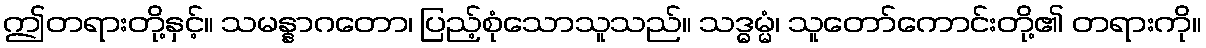
ဤတရားတို့နှင့်။ သမန္နာဂတော၊ ပြည့်စုံသောသူသည်။ သဒ္ဓမ္မံ၊ သူတော်ကောင်းတို့၏ တရားကို။